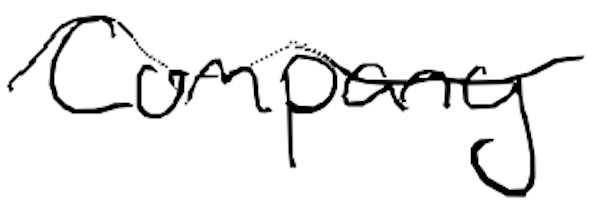
Text: Company
Cross-out: wave
Writing tool: digital_black